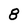
Character: 8